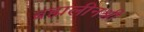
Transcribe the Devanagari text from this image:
ब्रह्मलीनश्री